Trukikaitis_Postimees, lk 19
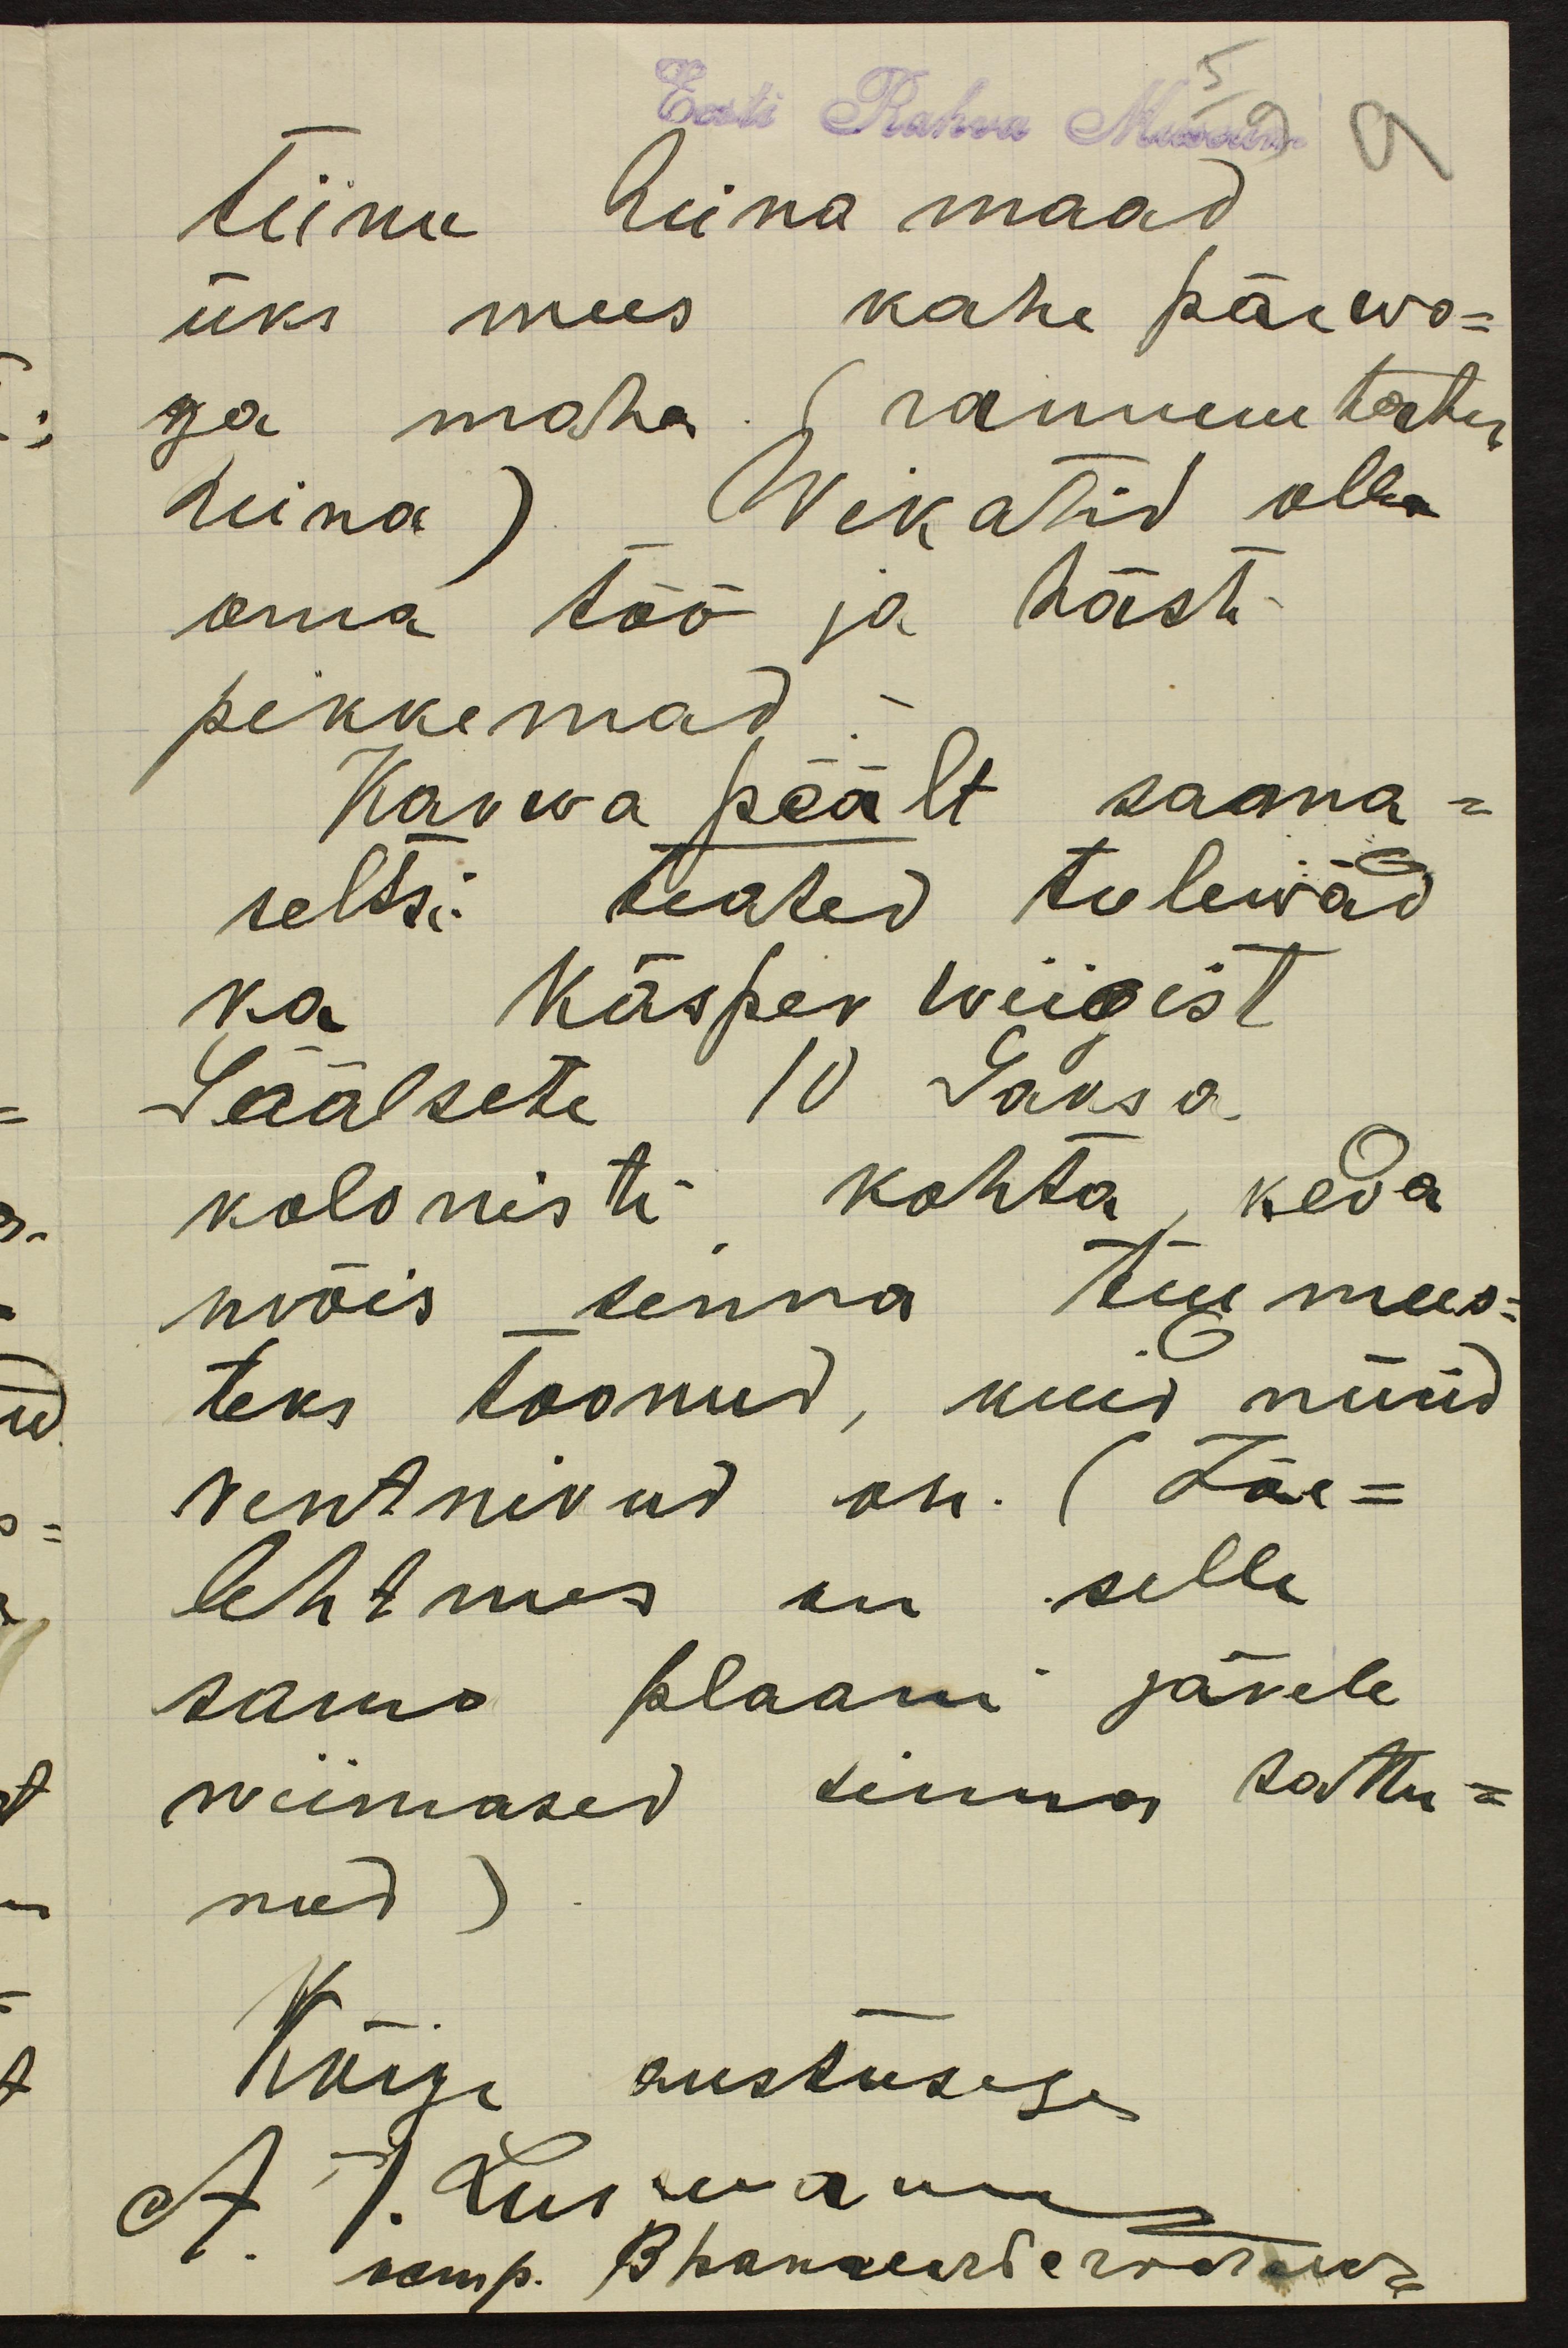
Eesti Rahva Museum
Tiinu heina maad
üks mees kahe päewa-
ga maha (rammutatud
heina) Wikatid olla
oma töö ja hästi
pikkemad
Karwa päält sama-
seltsi: teated tulewad
ka Käsper Wiigist
Säälsete 10 Saksa
kolonisti kohta, keda
wõis sinna tui mees-
teks toonud, kuid nüüd
rentnikud on. (Jõe-
lehtmes on selle
sama plaani järele
wiimased sinna sattu-
nud).
Kõige austuses.
A. J. Kurmann
kamp. Врапельсъъ мольия